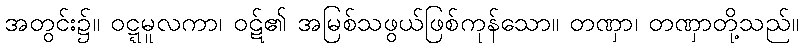
အတွင်း၌။ ဝဋ္ဋမူလကာ၊ ဝဋ်၏ အမြစ်သဖွယ်ဖြစ်ကုန်သော။ တဏှာ၊ တဏှာတို့သည်။